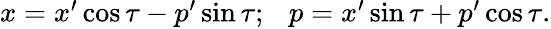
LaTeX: \begin{array}{r}{x=x^{\prime}\cos\tau-p^{\prime}\sin\tau;\ \ \ p=x^{\prime}\sin\tau+p^{\prime}\cos\tau.}\end{array}